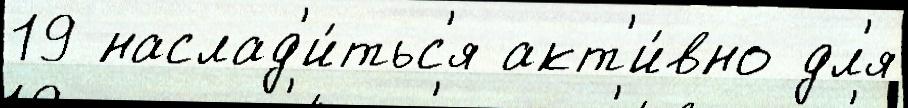
19 наслад'и́тьс'я акт'и́вно дл'я